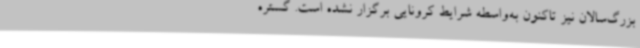
بزرگ‌سالان نیز تاکنون به‌واسطه شرایط کرونایی برگزار نشده است. گستره